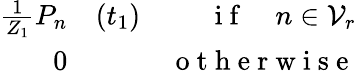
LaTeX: \begin{array}{rlr}{\frac{1}{Z_{1}}P_{n}}&{{}(t_{1})}&{\mathrm{~i~f~}\quad n\in\mathcal{V}_{r}}\\ {0}&{{}}&{\mathrm{~o~t~h~e~r~w~i~s~e~}}\end{array}